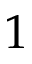
1